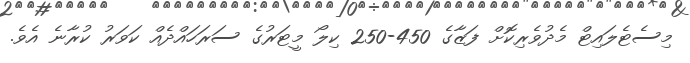
މިސެޓެލައިޓް މެދުވެރިކޮށް ފަޒާގެ 450-250 ކިލޯ މީޓަރުގެ ސަރަހައްދެއް ކަވަރު ކުރާނެ އެވެ.